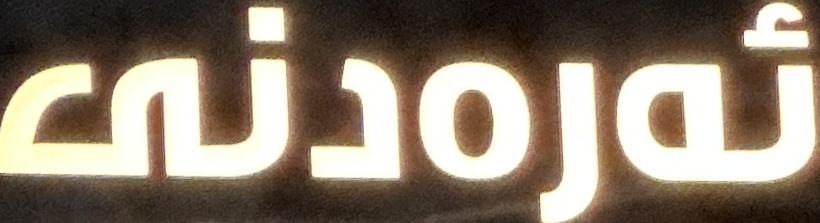
ئەرەدنی